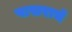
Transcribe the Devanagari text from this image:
पाखराचे